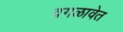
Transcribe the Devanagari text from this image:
वगळावेत